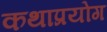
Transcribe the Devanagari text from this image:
कथाप्रयोग